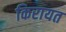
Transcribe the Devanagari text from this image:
किरायत